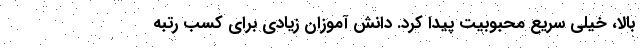
بالا، خیلی سریع محبوبیت پیدا کرد. دانش آموزان زیادی برای کسب رتبه